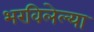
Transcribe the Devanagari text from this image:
भरविलेल्या